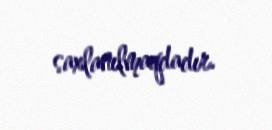
saxlanılmaqdadır.